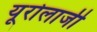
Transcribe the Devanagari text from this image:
यूरोलाजी